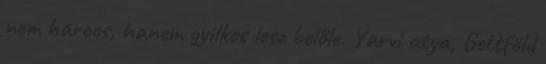
nem harcos, hanem gyilkos lesz belőle. Yarvi atya, Gettföld